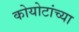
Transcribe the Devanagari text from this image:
कोयोटांच्या